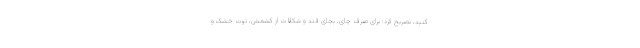
کنید، تصریح کرد: برای صرف چای، بجای قند و شکلات از کشمش، توت خشک و